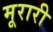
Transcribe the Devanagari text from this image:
मूरारी